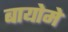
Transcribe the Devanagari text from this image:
बायोमे